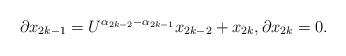
LaTeX: \begin{align*} \partial x_{2k-1} = U^{\alpha_{2k-2}-\alpha_{2k-1}} x_{2k-2} + x_{2k}, \partial x_{2k}=0.\end{align*}